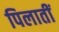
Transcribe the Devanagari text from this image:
पिलातीं